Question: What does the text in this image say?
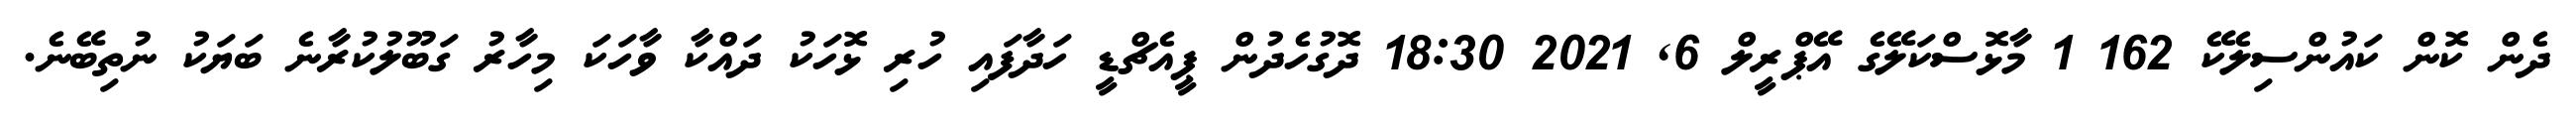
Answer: ދެން ކޮން ކައުންސިލެކޭ 162 1 މާޅޮސްކަލޭގެ އޭޕްރީލް 6, 2021 18:30 ދޮގުހެދުން ޕީއެޗްޑީ ހަދާފައި ހުރި ޅޮހަކު ދައްކާ ވާހަކަ މިހާރު ގަބޫލުކުރާނެ ބަޔަކު ނުތިބޭނެ.